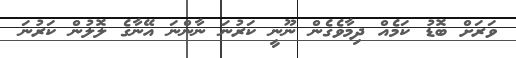
ވަރަށް ބޮޑު ކަމެއް ދިމާވެގެން ނޫނީ ކަރުނަ ނާންނަ އޭނާގެ ލޮލުން ކަރުނަ